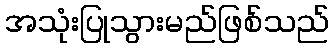
အသုံးပြုသွားမည်ဖြစ်သည်